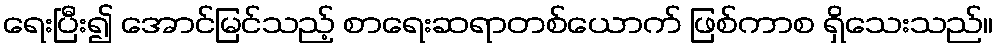
ရေးပြီး၍ အောင်မြင်သည့် စာရေးဆရာတစ်ယောက် ဖြစ်ကာစ ရှိသေးသည်။